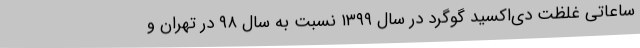
ساعاتی غلظت دی‌اکسید گوگرد در سال ۱۳۹۹ نسبت به سال ۹۸ در تهران و